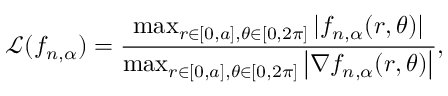
\mathcal { L } ( f _ { n , \alpha } ) = \frac { \operatorname* { m a x } _ { r \in [ 0 , a ] , \theta \in [ 0 , 2 \pi ] } | f _ { n , \alpha } ( r , \theta ) | } { \operatorname* { m a x } _ { r \in [ 0 , a ] , \theta \in [ 0 , 2 \pi ] } \left| \nabla f _ { n , \alpha } ( r , \theta ) \right| } ,